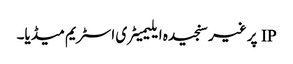
IP پر غیر سنجیدہ ایلیمیٹری اسٹریم میڈیا۔